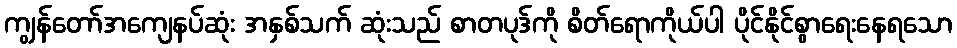
ကျွန်တော်အကျေနပ်ဆုံး အနှစ်သက် ဆုံးသည် စာတပုဒ်ကို စိတ်ရောကိုယ်ပါ ပိုင်နိုင်စွာရေးနေရသော